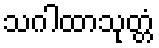
သဂါထာသုတ္တံ